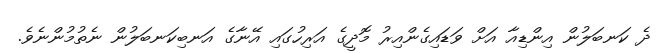
ދެ ކަނބަލުން އިންޑިއާ އަށް ވަޑައިގެންއިރު މޮދީގެ އަރިހުގައި އޭނާގެ އަނބިކަނބަލުން ނެތުމުންނެވެ.